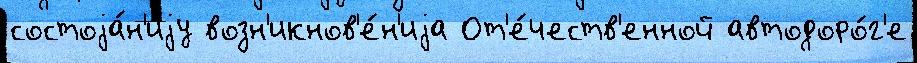
состоjа́н'иjу возн'икнов'е́н'иjа От'е́честв'енной автодоро́г'е